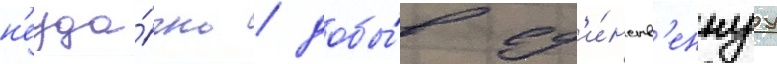
н'еуда́чно / добы́в ед'и́нств'еннуу